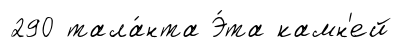
290 тала́нта Э́та камн'ей